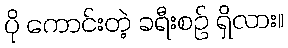
ပို ကောင်းတဲ့ ခရီးစဉ် ရှိလား။